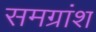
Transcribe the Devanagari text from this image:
समग्रांश